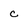
Character: c